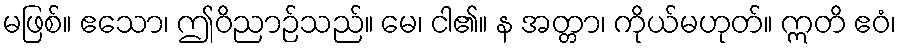
မဖြစ်။ ဧသော၊ ဤဝိညာဉ်သည်။ မေ၊ ငါ၏။ န အတ္တာ၊ ကိုယ်မဟုတ်။ ဣတိ ဧဝံ၊